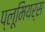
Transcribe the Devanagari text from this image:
प्लूमियर्स